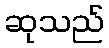
ဆုသည်